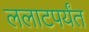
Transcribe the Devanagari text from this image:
ललाटपर्यंत